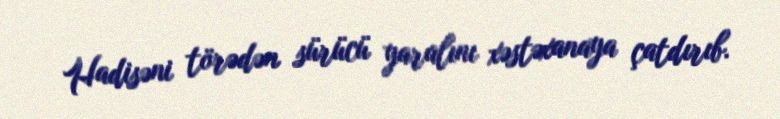
Hadisəni törədən sürücü yaralını xəstəxanaya çatdırıb.